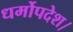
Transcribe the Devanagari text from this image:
धर्मोपदेश।